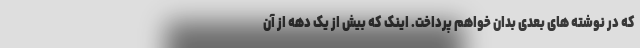
که در نوشته های بعدی بدان خواهم پرداخت. اینک که بیش از یک دهه از آن